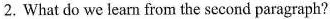
2.What do we learn from the second paragraph?